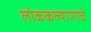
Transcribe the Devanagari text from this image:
लोककल्याणाचे